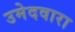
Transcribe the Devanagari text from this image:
उमेदवारा